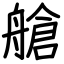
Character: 艙